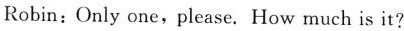
Robin:Only one,please.How much is it?